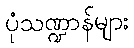
ပုံသဏ္ဍာန်များ